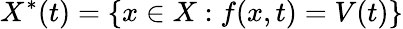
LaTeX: X^{\ast}(t)=\{ x\in X:f(x,t)=V(t)\}